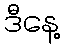
ဒီနေ့